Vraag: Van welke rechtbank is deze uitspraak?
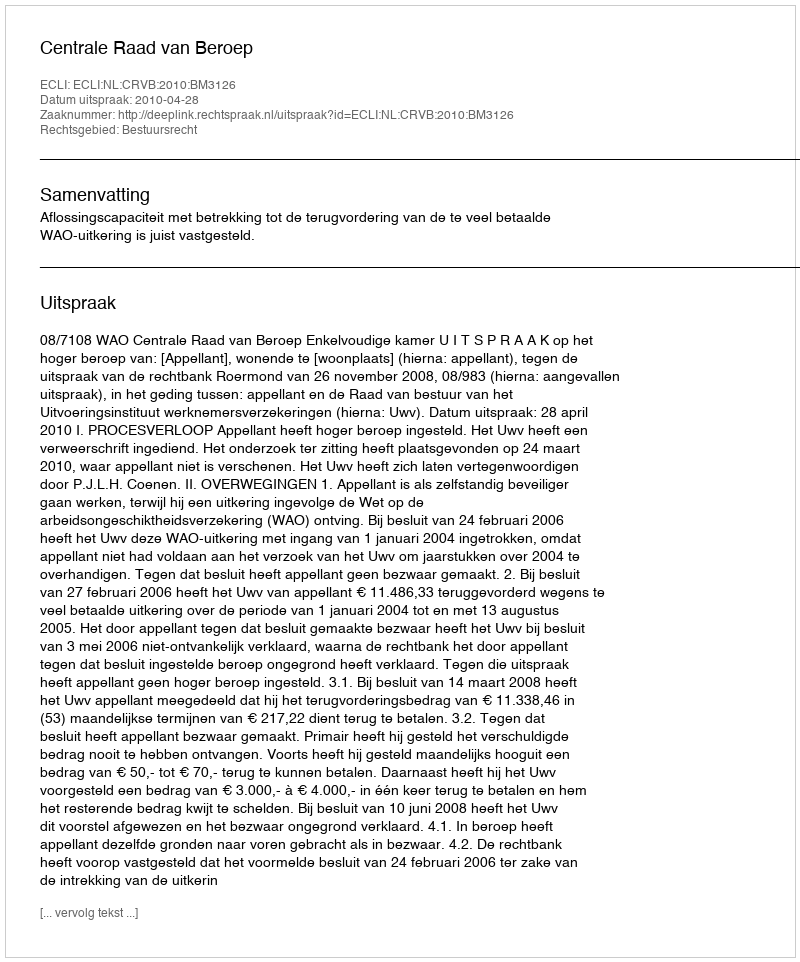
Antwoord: Centrale Raad van Beroep